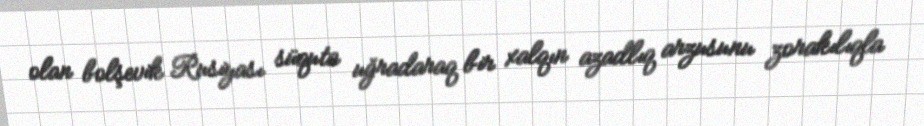
olan bolşevik Rusiyası süquta uğradaraq bir xalqın azadlıq arzusunu zorakılıqla